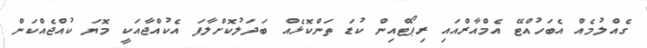
ގެއްލުމެއް އެބަހުއްޓޭ އެމްއާރްއައި ރިޕޯޓްއިން ކުޑަ ތަންކޮޅެއް ބަދަލުކޮށްލާފަ އެކުއްޖާއަކީ މޮޔަ ކުއްޖެއްކަން